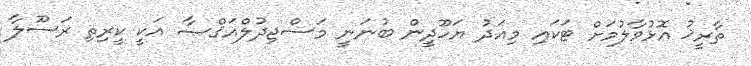
ތާރީޚު އޮޅުވާލުމަށް ޓަކައި މިއަދު ޔަހޫދީން ބުނަނީ މަސްޖިދުލްއަޤްޞާ އަކީ ކީރިތި ރަސޫލާ